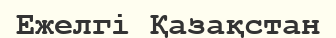
Ежелгі Қазақстан